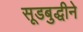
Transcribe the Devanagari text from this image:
सूडबुद्धीने